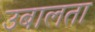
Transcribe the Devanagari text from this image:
उबालता